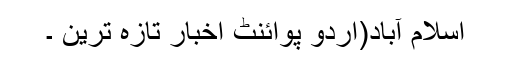
اسلام آباد(اُردو پوائنٹ اخبار تازہ ترین ۔